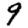
Digit: 9